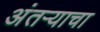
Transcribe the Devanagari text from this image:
अंतऱ्याचा